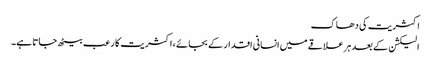
اکثریت کی دھاک
الیکشن کے بعد ہر علاقے میں انسانی اقدار کے بجائے ، اکثریت کا رعب بیٹھ جاتا ہے۔